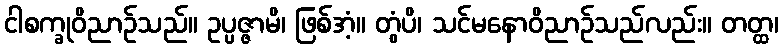
ငါစက္ခုဝိညာဉ်သည်။ ဥပ္ပဇ္ဇာမိ၊ ဖြစ်အံ့။ တွံပိ၊ သင်မနောဝိညာဉ်သည်လည်း။ တတ္ထ၊